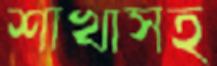
শাখাসহ